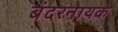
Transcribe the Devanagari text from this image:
बंदरनायक